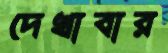
দেখাবার